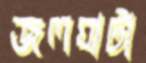
জলঘাটা